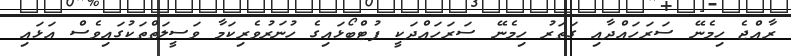
ރާއްޖެ ހިމެނޭ ސަރަހައްދާއި ގަތަރު ހިމެނޭ ސަރަހައްދަކީ ފުޓްބޯޅައިގެ ހުނަރުވެރިކަމާ ވަސީލަތްތަކުގައިވެސް އަޅައި